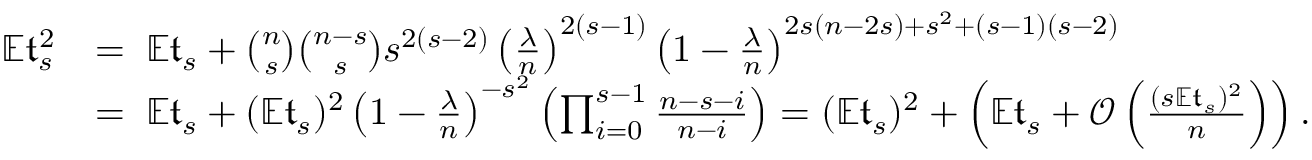
\begin{array} { r l } { \mathbb E \mathfrak { t } _ { s } ^ { 2 } } & { = \; \mathbb E \mathfrak { t } _ { s } + \binom { n } { s } \binom { n - s } { s } s ^ { 2 ( s - 2 ) } \left( \frac { \lambda } { n } \right) ^ { 2 ( s - 1 ) } \left( 1 - \frac { \lambda } { n } \right) ^ { 2 s ( n - 2 s ) + s ^ { 2 } + ( s - 1 ) ( s - 2 ) } } \\ & { = \; \mathbb E \mathfrak { t } _ { s } + ( \mathbb E \mathfrak { t } _ { s } ) ^ { 2 } \left( 1 - \frac { \lambda } { n } \right) ^ { - s ^ { 2 } } \left( \prod _ { i = 0 } ^ { s - 1 } \frac { n - s - i } { n - i } \right) = ( \mathbb E \mathfrak { t } _ { s } ) ^ { 2 } + \left( \mathbb E \mathfrak { t } _ { s } + \mathcal { O } \left( \frac { ( s \mathbb E \mathfrak { t } _ { s } ) ^ { 2 } } { n } \right) \right) . } \end{array}